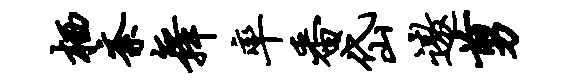
栖紊舞率番岱遨剪